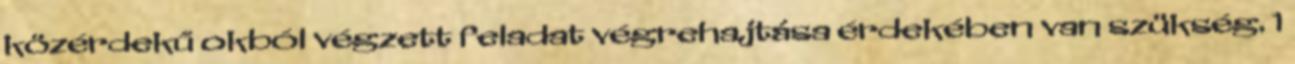
közérdekű okból végzett feladat végrehajtása érdekében van szükség. 1